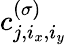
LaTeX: c_{j,i_{x},i_{y}}^{(\sigma)}